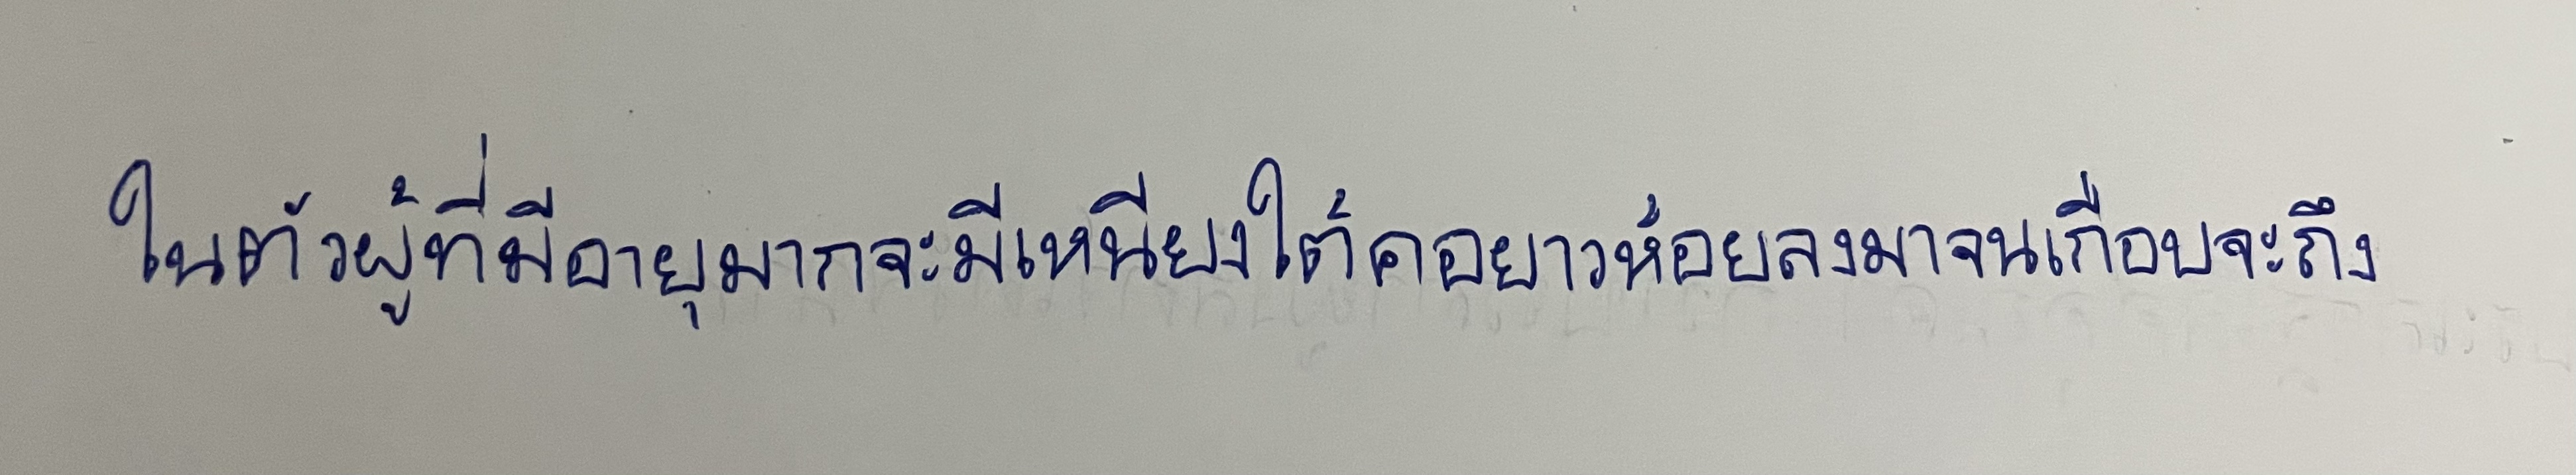
ในตัวผู้ที่มีอายุมากจะมีเหนียงใต้คอยาวห้อยลงมาจนเกือบจะถึง